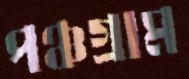
পঞ্চগ্রাম